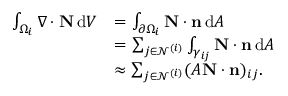
\begin{array} { r l } { \int _ { \Omega _ { i } } \nabla \cdot \mathbf N \, \mathrm { d } V } & { = \int _ { \partial \Omega _ { i } } \mathbf N \cdot \mathbf n \, \mathrm { d } A } \\ & { = \sum _ { j \in \mathcal N ^ { ( i ) } } \int _ { \gamma _ { i j } } \mathbf N \cdot \mathbf n \, \mathrm { d } A } \\ & { \approx \sum _ { j \in \mathcal N ^ { ( i ) } } ( A \mathbf N \cdot \mathbf n ) _ { i j } . } \end{array}